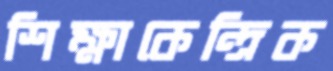
শিক্ষাকেন্দ্রিক